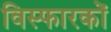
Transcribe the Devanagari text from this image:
विस्फारकों